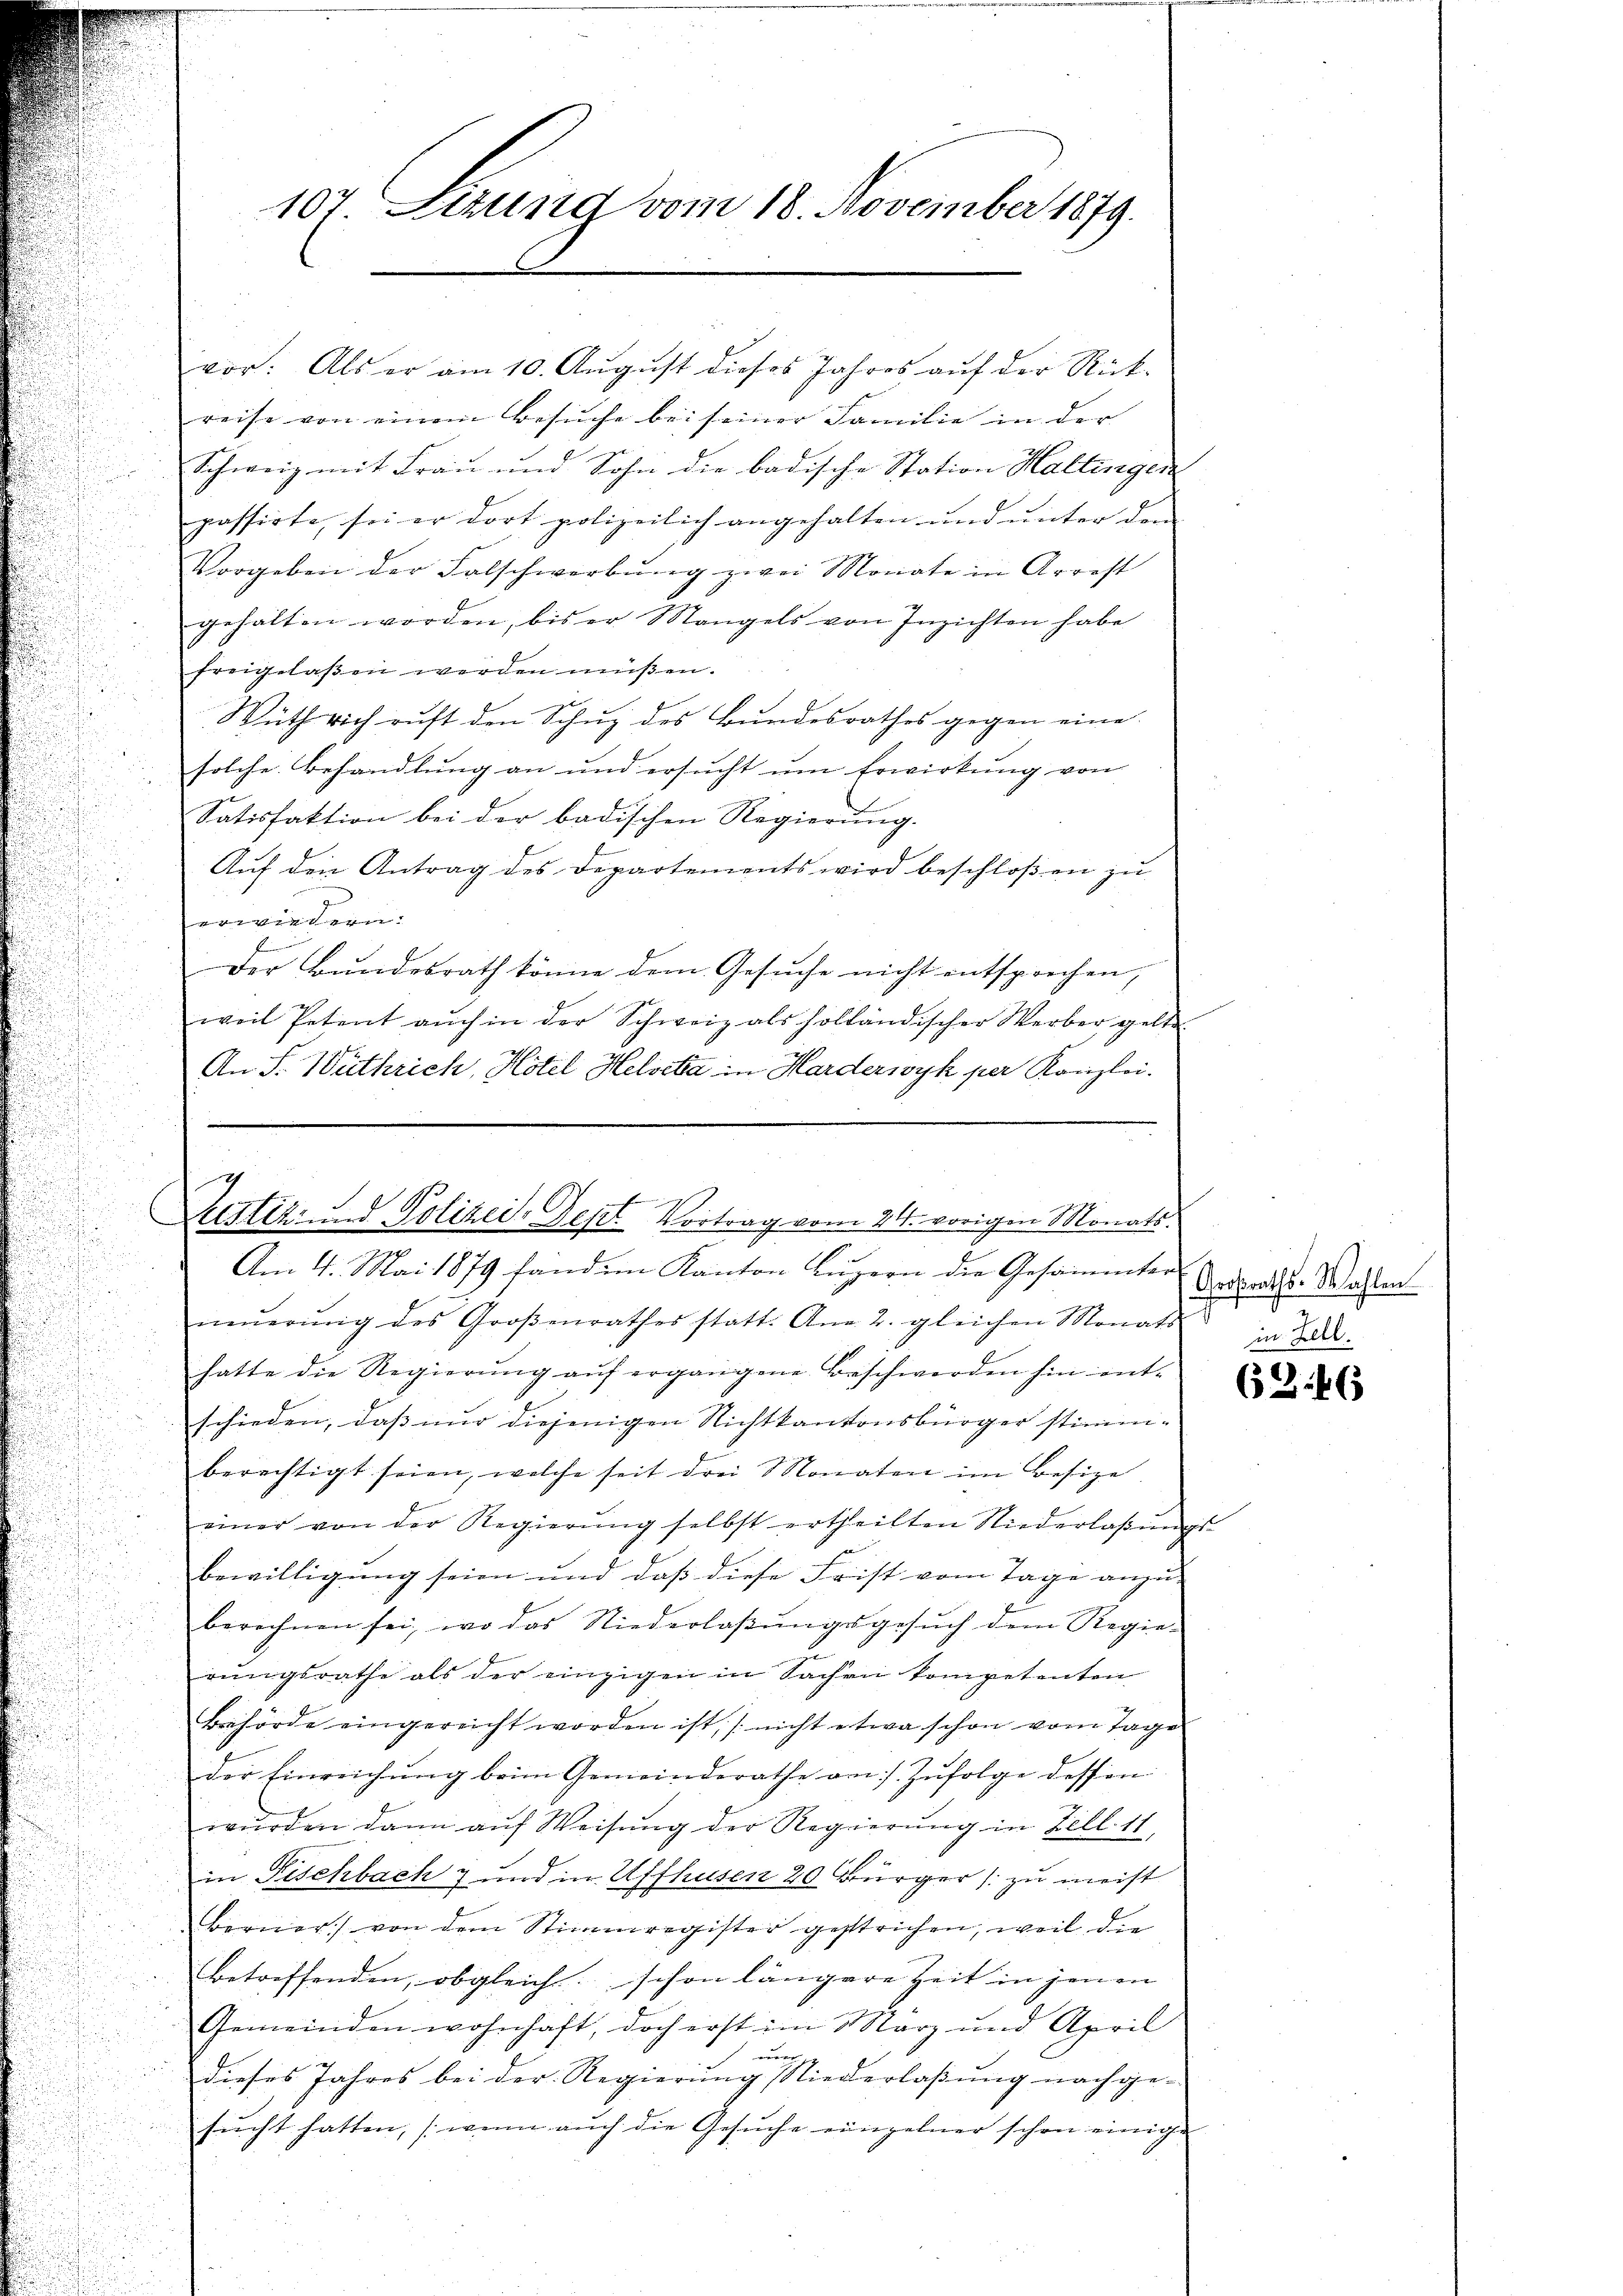
vor: Als er am 10. August dieses Jahres auf der Rückreise von einem Besŭche bei seiner Familie in der
Schweiz mit Frau und Sohn die badische Station Hallingen
passirte, sei er dort polizeilich angehalten und unter dem
Vorgeben der Falschwerbung zwei Monate in Arrest
gehalten worden, bis er Mangels von Inzichten habe
freigelassen werden müßen.
Wuth rich ruft den Schuz des Bundesrathes gegen eine
solche Behandlung an und ersucht um Erwirkung von
u
Satisfaktion bei der badischen Regierung.
Auf den Antrag des Departements wird beschloßen zu
erwiedern.
Der Bundesrath könne dem Gesuche nicht entsprechen,
weil Petent auch in der Schweiz als holländischer Werber gelte
An S. Wüthrich, Hotel Helvetia in Harderwyk per Kanzlei.

107. Sitzung vom 18. November 1879.

7
restiz- und Polizei- Sept. Vortrag vom 24. vorigen Monats.
Am 4. Mai 1879 fandem Kanton Luzern die Gesammter

neŭerŭng des Groβenrathes statt. Ana 2. gleichen Monats
hatte die Regierung auf ergangene Beschwerden hin entschieden, daß nur diejenigen Nichtkantonsbürger stimm-
berechtigt seien, welche seit drei Monaten im Besize
einer von der Regierŭng selbst ertheilten Niederlaβŭngs-
bewilligung seien und daß diese Frist vom Tage anzuberechnen sei, wo das Niederlaßungsgesuch dem Regie-
rungsrathe als der einzigen in Sachen kompetenten
Behörde eingereicht worden ist, (nicht etwa schon vom Tage
der Einreichŭng beim Gemeinderathe am 1. Zŭfolge dessen
wŭrden dann aŭf Weisung der Regierung in Zell 11,
in Fischbach 7 und in Affhusen 20 Bürger (zu meist
Berner von dem Stimmregister gestrichen, weil die
betreffenden, obgleich schon längere Zeit in jenen
Gemeinden wohnhaft, doch erst im März und April
u
dieses Jahres bei der Regierung Niederlaßung nachgesŭcht hatten, (wenn auch die Gesŭche einzelner schon einige

Grossraths-Wahlen
g
in Zell.

62. 16